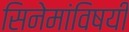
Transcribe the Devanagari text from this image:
सिनेमांविषयी